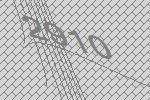
2910